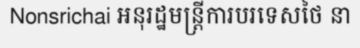
Nonsrichai អនុរដ្ឋមន្ត្រីការបរទេសថៃ នា